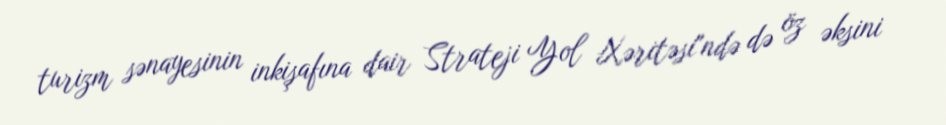
turizm sənayesinin inkişafına dair Strateji Yol Xəritəsi"ndə də öz əksini